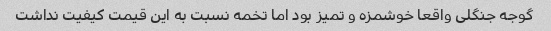
گوجه جنگلی واقعا خوشمزه و تمیز بود اما تخمه نسبت به این قیمت کیفیت نداشت